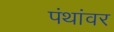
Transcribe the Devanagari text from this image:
पंथांवर